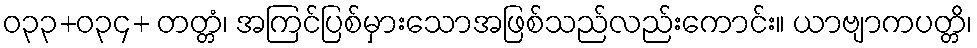
ဝ၃၃+၀၃၄+ တတ္တံ၊ အကြင်ပြစ်မှားသောအဖြစ်သည်လည်းကောင်း။ ယာဗျာကပတ္တိ၊